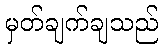
မှတ်ချက်ချသည်